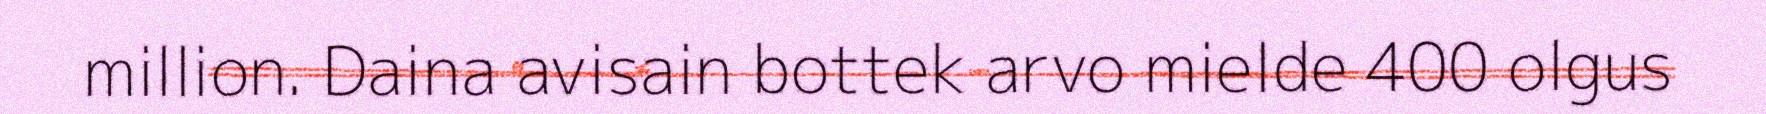
million. Daina avisain bottek arvo mielde 400 olgus